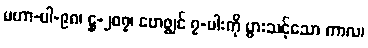
မဟာ-ပါ-၉၈၊ ဋ္ဌ-၂၀၇၊ ဗောဇ္ဈင် ၇-ပါးကို ပွားသင့်သော ကာလ၊